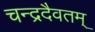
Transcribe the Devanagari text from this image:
चन्द्रदैवतम्